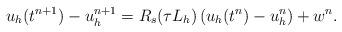
LaTeX: \begin{align*}u_h(t^{n+1})-u_h^{n+1} = R_s(\tau L_h) \left(u_h(t^n)-u_h^n\right) + w^n.\end{align*}